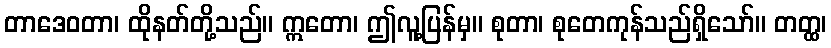
တာဒေဝတာ၊ ထိုနတ်တို့သည်။ ဣတော၊ ဤလူ့ပြန်မှ။ စုတာ၊ စုတေကုန်သည်ရှိသော်။ တတ္ထ၊